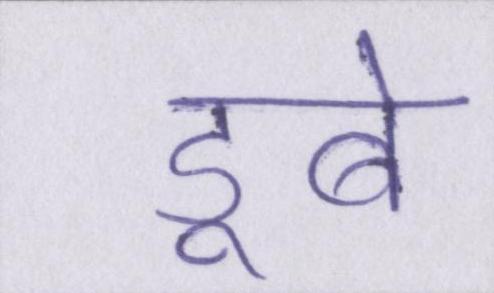
डूबे